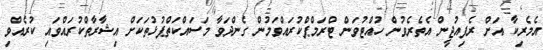
އެމެރިކާ އަށް ރެފިއުޖީން އެތެރެވުން ހުއްޓުވަން ޓްރަމްޕްކުރައްވަމުން ގެންދަވާ މަސައްކަތްޕުޅުތަކަށް އިޝާރާތްކުރައްވައި ކުރެއްވި